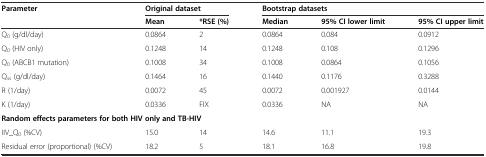
| Parameter | <COLSPAN=2> Original dataset | <COLSPAN=3> Bootstrap datasets |
 |  | Mean | *RSE (%) | Median | 95% CI lower limit | 95% CI upper limit |
 | --- | --- | --- | --- | --- | --- |
 | Q0 (g/dl/day) | 0.0864 | 2 | 0.0864 | 0.084 | 0.0912 |
 | Q0 (HIV only) | 0.1248 | 14 | 0.1248 | 0.108 | 0.1296 |
 | Q0 (ABCB1 mutation) | 0.1008 | 34 | 0.1008 | 0.0864 | 0.1056 |
 | Qss (g/dl/day) | 0.1464 | 16 | 0.1440 | 0.1176 | 0.3288 |
 | R (1/day) | 0.0072 | 45 | 0.0072 | 0.001927 | 0.0144 |
 | K (1/day) | 0.0336 | FIX | 0.0336 | NA | NA |
 | <COLSPAN=6> Random effects parameters for both HIV only and TB-HIV |
 | IIV_Q0 (%CV) | 15.0 | 14 | 14.6 | 11.1 | 19.3 |
 | Residual error (proportional) (%CV) | 18.2 | 5 | 18.1 | 16.8 | 19.8 |